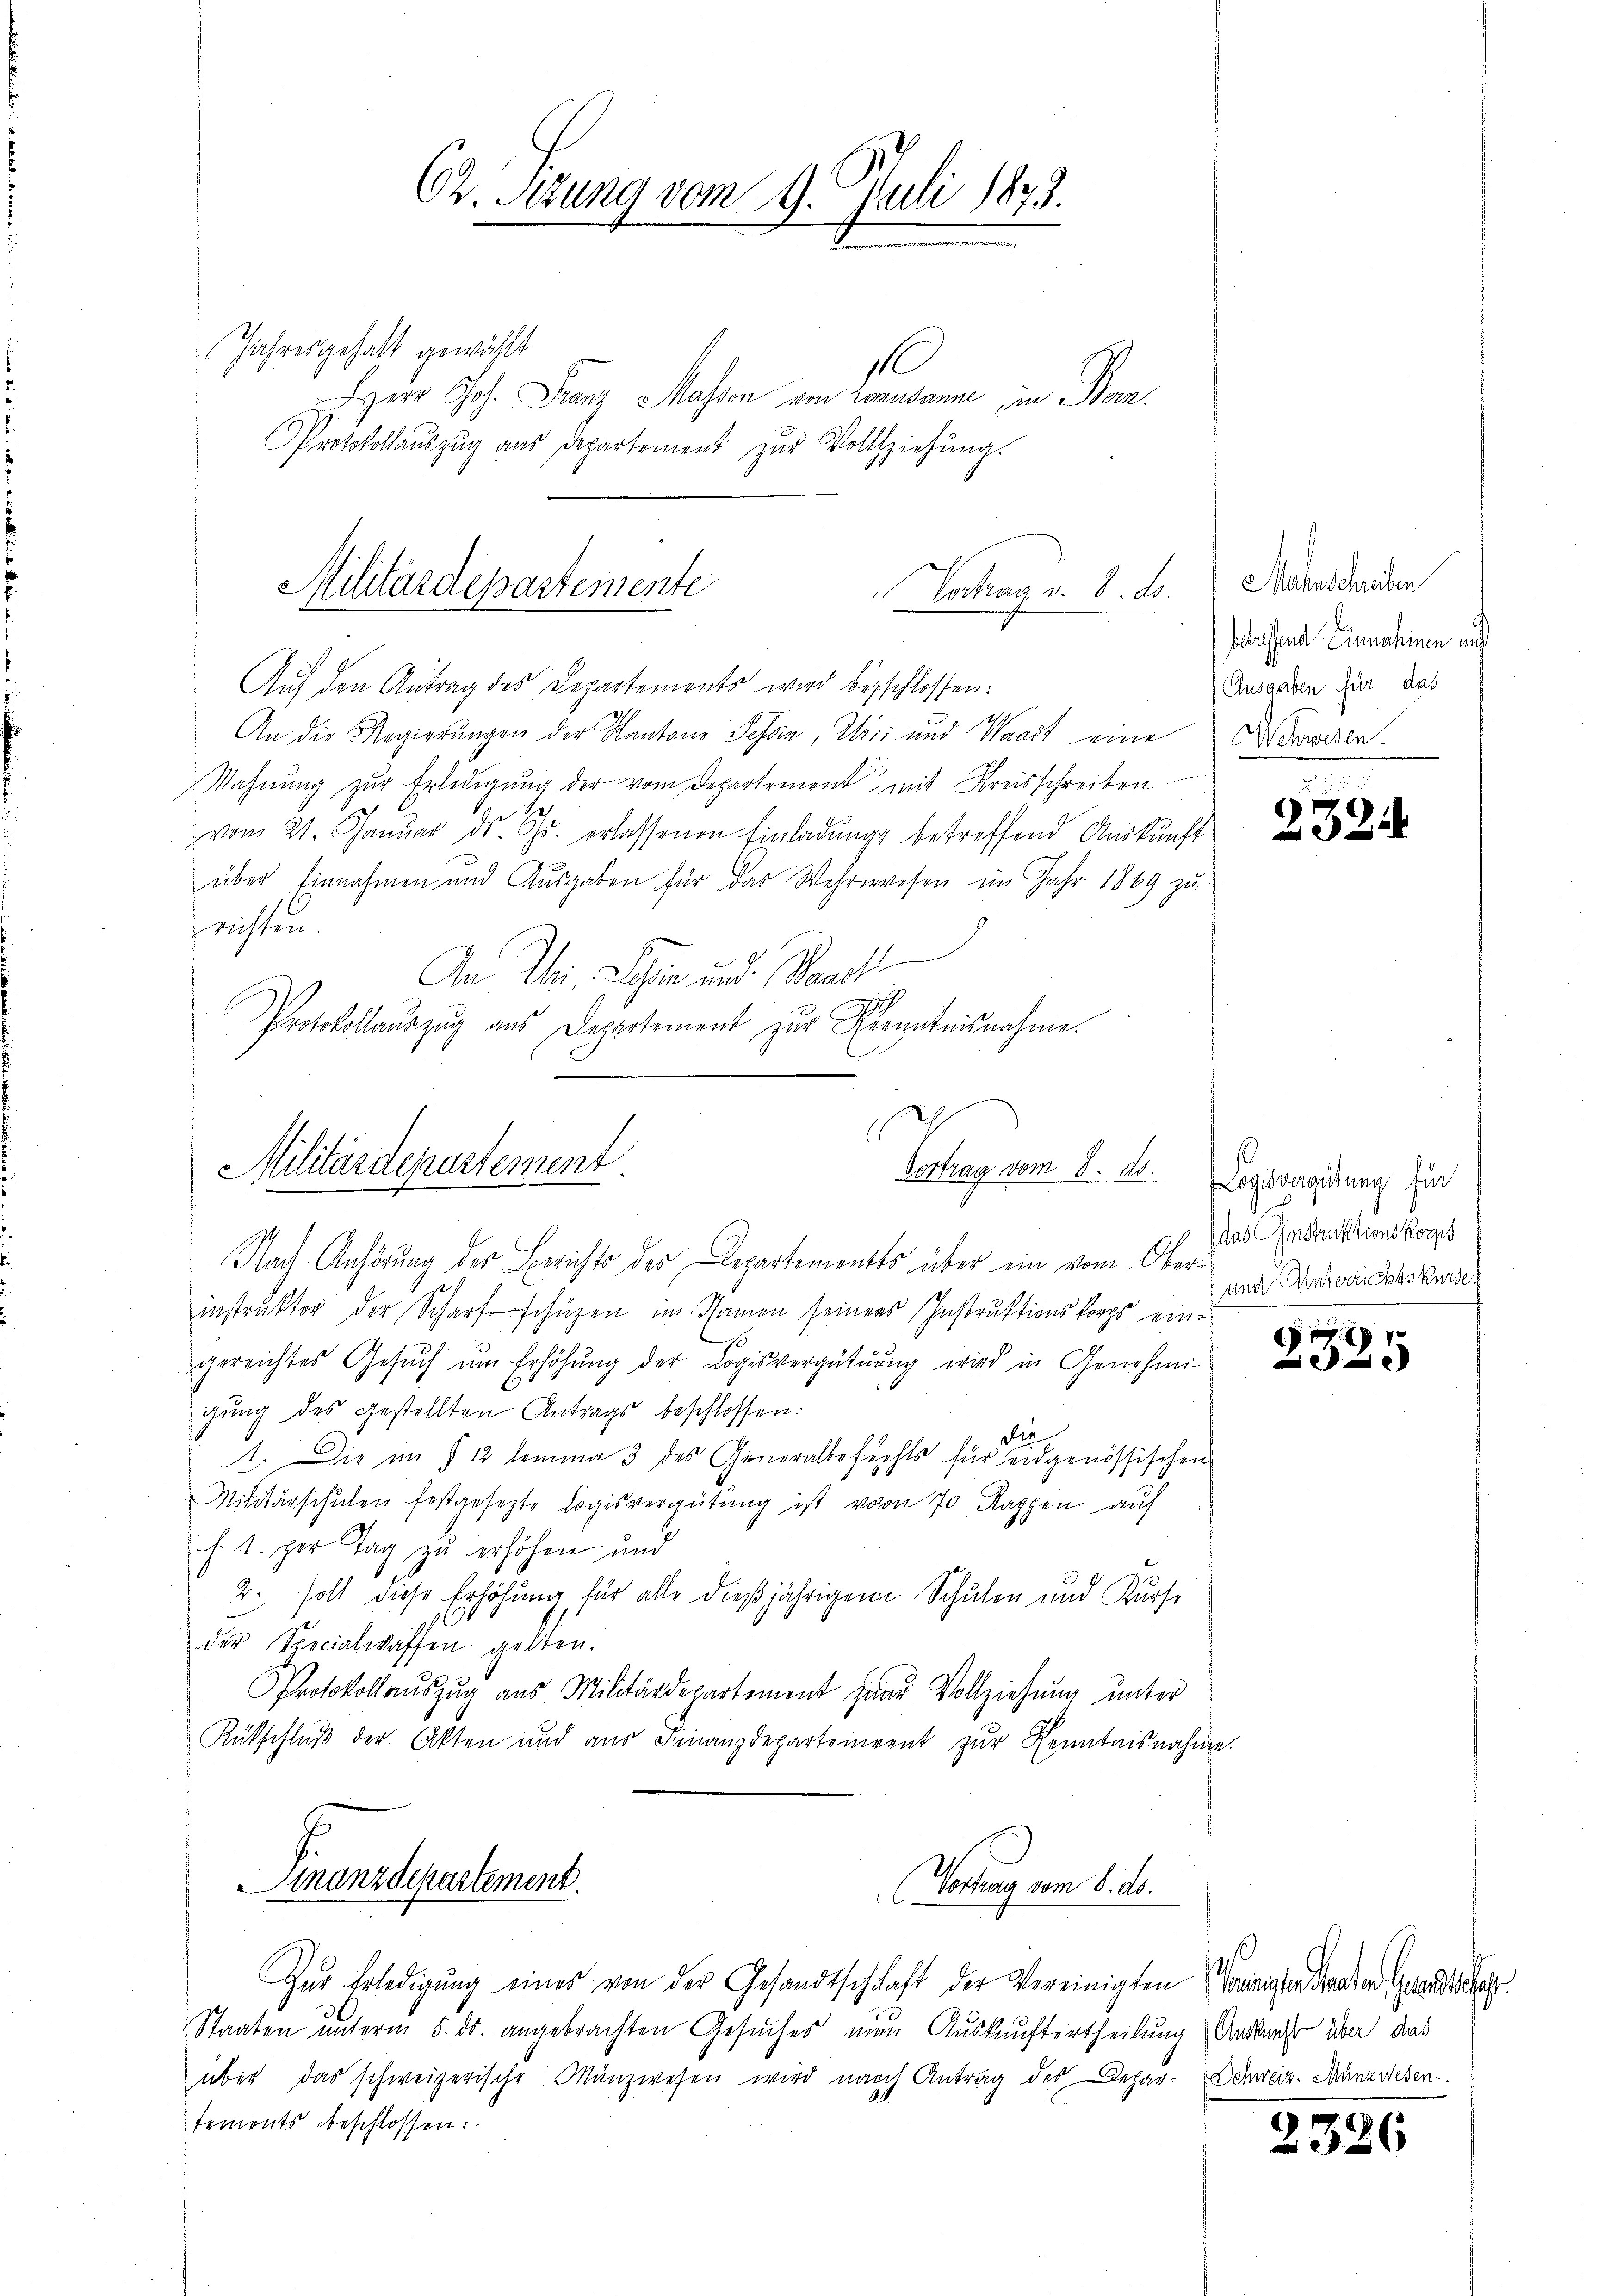
Herr Joh. Franz Masson von Lausanne, in Bern,
Protokollaŭszŭg ans Departement zŭr Vollziehŭng.

An die Regierungen der Kantone Tessin, Wisi und Waadt eine
Wahnŭng zŭr Erledigŭng der vom Departement mit Kreisschreiben
vom 21. Januar ds. Gs. erlassenen Einladung betreffend Auskunft
über Einnahmen und Ausgaben für das Wehrwesen im Jahr 1869 zu
srichten.
An Uri, Schen und Waadt
Protokollauszug aus Departement zur Kenntnisnahme.
7

Militärdepartemente
Todrag v. 8. ds.
Auf den Antrag des Departements wird besschlossen:

62. Sezung vom 9. Juli 1873.
Jahresgehalt gewählt
1

Militärdepartement
Vertrag vom 8. ds.

Nach Anhörung der Berichts der Departementes über ein vom Oberinstruktor der Scharfschüzen im Namen seines Instruktionskorps ein-
gereichtes Gesŭch ŭm Erhöhŭng der Logisvergütŭŭng wird in Genehmi-
gung des gestellten Antrags beschlossen:
die
1. Die im § 12 lemma 3 des Generalbefechts für eidgenössischen
Militärschulen festgesetzte Logisvergütŭng ist von 70 Rappen auf
f. 1. per Tag zu erhöhen und
2. soll diese Erhöhung für alle dießjährigen Schulen und Kurse
der Specialwaffen gelten.
Protokollauszug aus Militärdepartement paar Vollziehung unter
Rütschlŭβ der Akten und aŭs Finanzdepartement zŭr Kenntnisnahme.
Finanzdepartement.
Wotung vom 8. d.
Zur Erledigung eines von der Gesandtschhaft der Vereinigten Trinister denen Grade
Staaten unterm 5. ds. angebrachten Gesuches nun Auskunftertheilung Antrags über das
über das schweizerische Manzwesen wird nach Antrag des Depar-Schreiz. Münzwesen.
temonts beschlossen.

Mahnschreiben
betreffend Einnahmen un
(Ausgaben für das
Schweisen.

2324

Logisvergütung für
das Instruktionskorps
und Anterrichtskurse

2325

2326